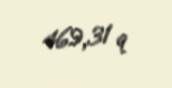
469,31 q